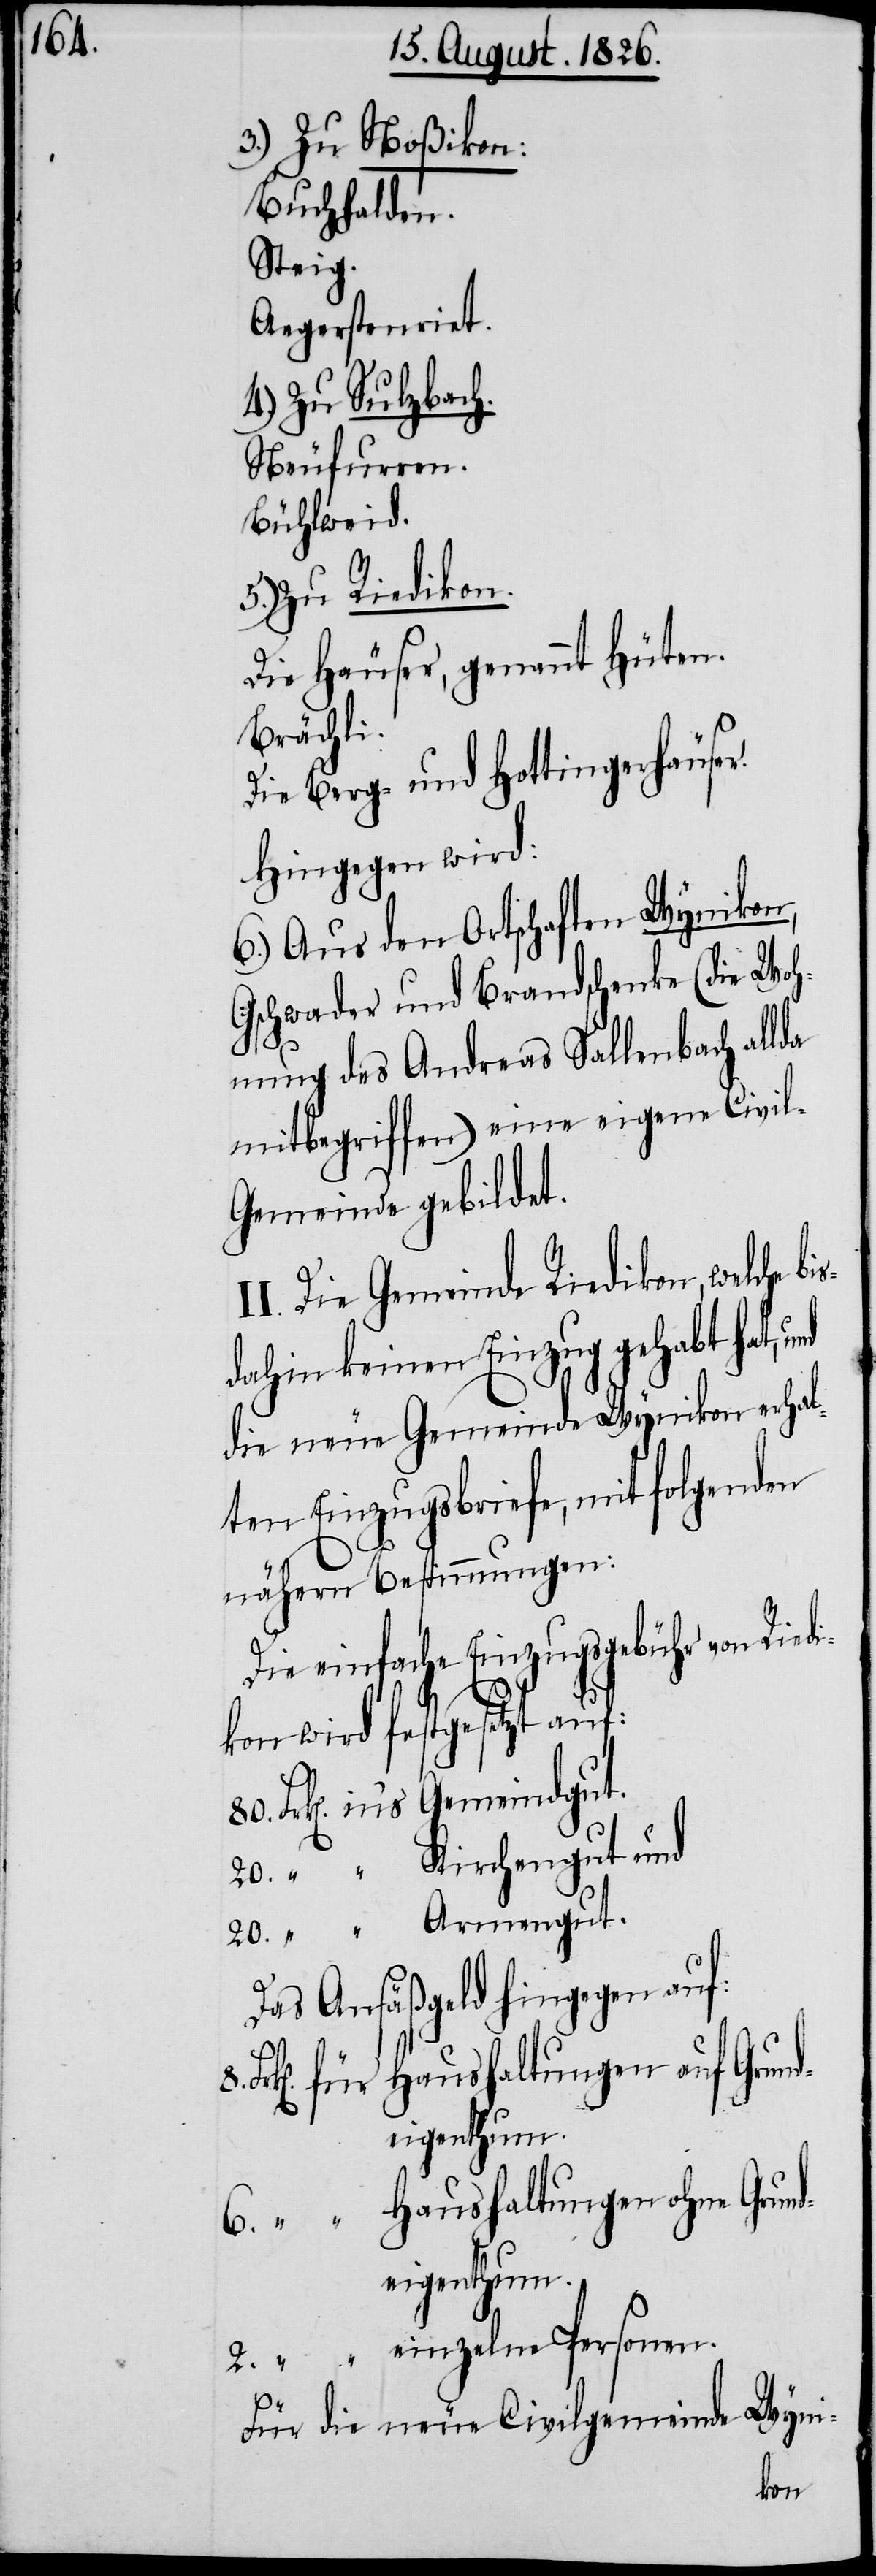
3.) Zu Noßikon:
Buchhalden.
Steig.
Aegerstenriet.
4.) Zu Sulzbach.
Neufurren.
Bühlweid.
5.) Zu Riedikon.
Die Häuser, genannt Hüten.
Brächli.
Die Berg- und Hottingerhäuser.
Hingegen wird:
6.) Aus den Ortschaften Wynikon,
Gschwader und Brandschenke (die Woh¬
nung des Andreas Sallenbach allda
mitbegriffen) eine eigene Civi¬
l-Gemeinde gebildet.
I. Die Gemeinde Riedikon, welche
dahin keinen Einzug gehabt hat,
die neue Gemeinde Wynikon erhal¬
ten Einzugsbriefe, mit folgenden
nähern Bestimmungen:
Die einfache Einzugsgebühr von Riedi¬
kon wird festgesetzt auf:
Das Ansäßgeld hingegen auf:
6.
Grun¬
aushaltungen auf
deigenthum.
Wyni-
Für die neue Civilgemeinde